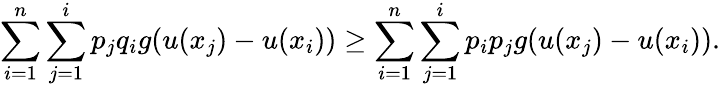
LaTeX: \sum_{i=1}^{n}\sum_{j=1}^{i}p_{j}q_{i}g(u(x_{j})-u(x_{i}))\geq\sum_{i=1}^{n}\sum_{j=1}^{i}p_{i}p_{j}g(u(x_{j})-u(x_{i})).